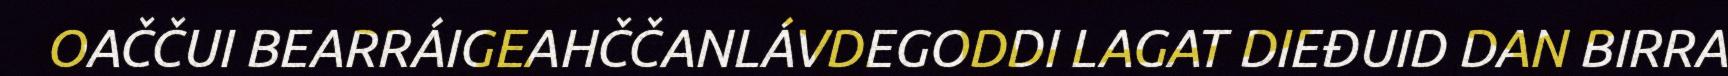
OAČČUI BEARRÁIGEAHČČANLÁVDEGODDI LAGAT DIEĐUID DAN BIRRA